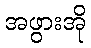
အဖွားအို